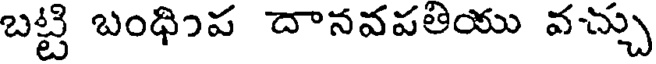
బట్టి బంధింప దానవపతియు వచ్చు